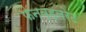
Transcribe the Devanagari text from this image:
फेनव्हलरेट